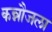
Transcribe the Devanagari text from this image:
कन्नौजला